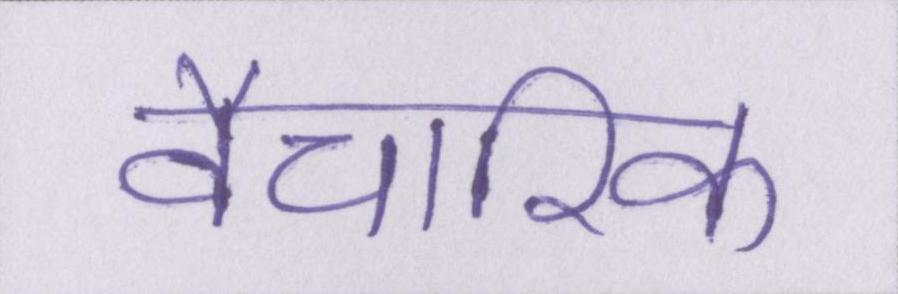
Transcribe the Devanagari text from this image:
वैचारिक